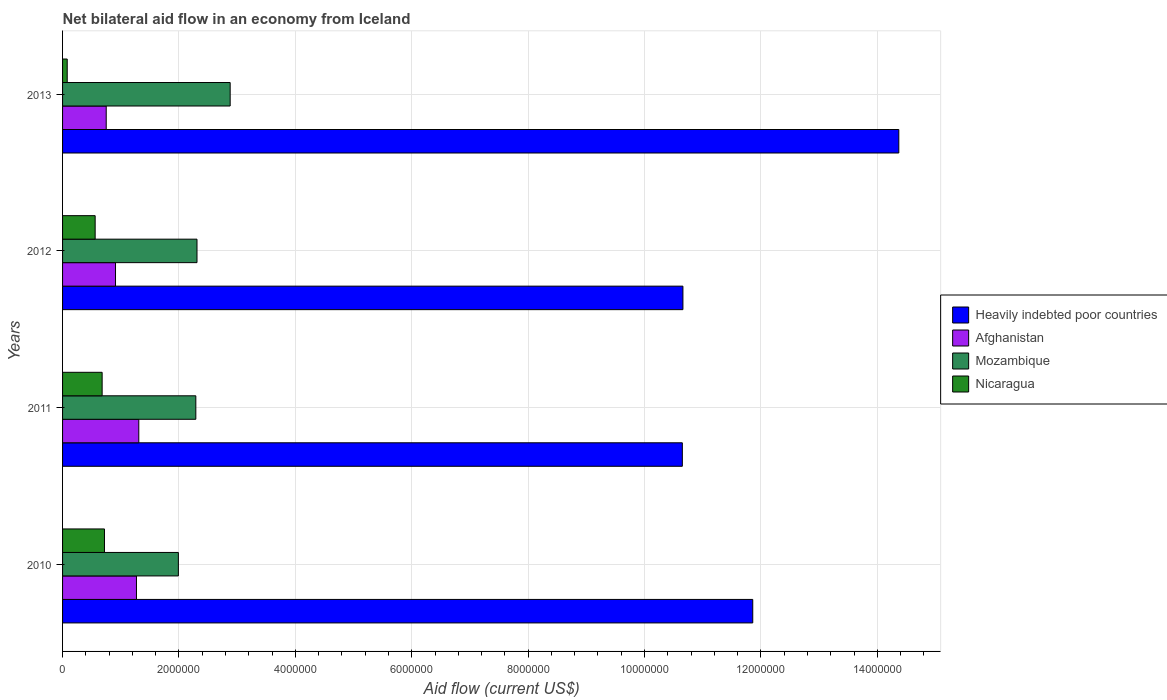
| Years | Heavily indebted poor countries | Afghanistan | Mozambique | Nicaragua |
 | --- | --- | --- | --- | --- |
 | 2010 | 1.19e+07 | 1.27e+06 | 1.99e+06 | 7.2e+05 |
 | 2011 | 1.06e+07 | 1.31e+06 | 2.29e+06 | 6.8e+05 |
 | 2012 | 1.07e+07 | 9.1e+05 | 2.31e+06 | 5.6e+05 |
 | 2013 | 1.44e+07 | 7.5e+05 | 2.88e+06 | 8e+04 |